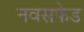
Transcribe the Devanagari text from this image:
नवसफेड